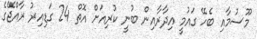
މޫސުމާއި ބެހޭ ގައުމީ އިދާރާއިން ބުނީ ކުރިއަށް އޮތް 24 ގަޑިއިރު ރާއްޖޭގެ